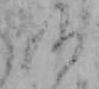
仏